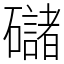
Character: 䃴